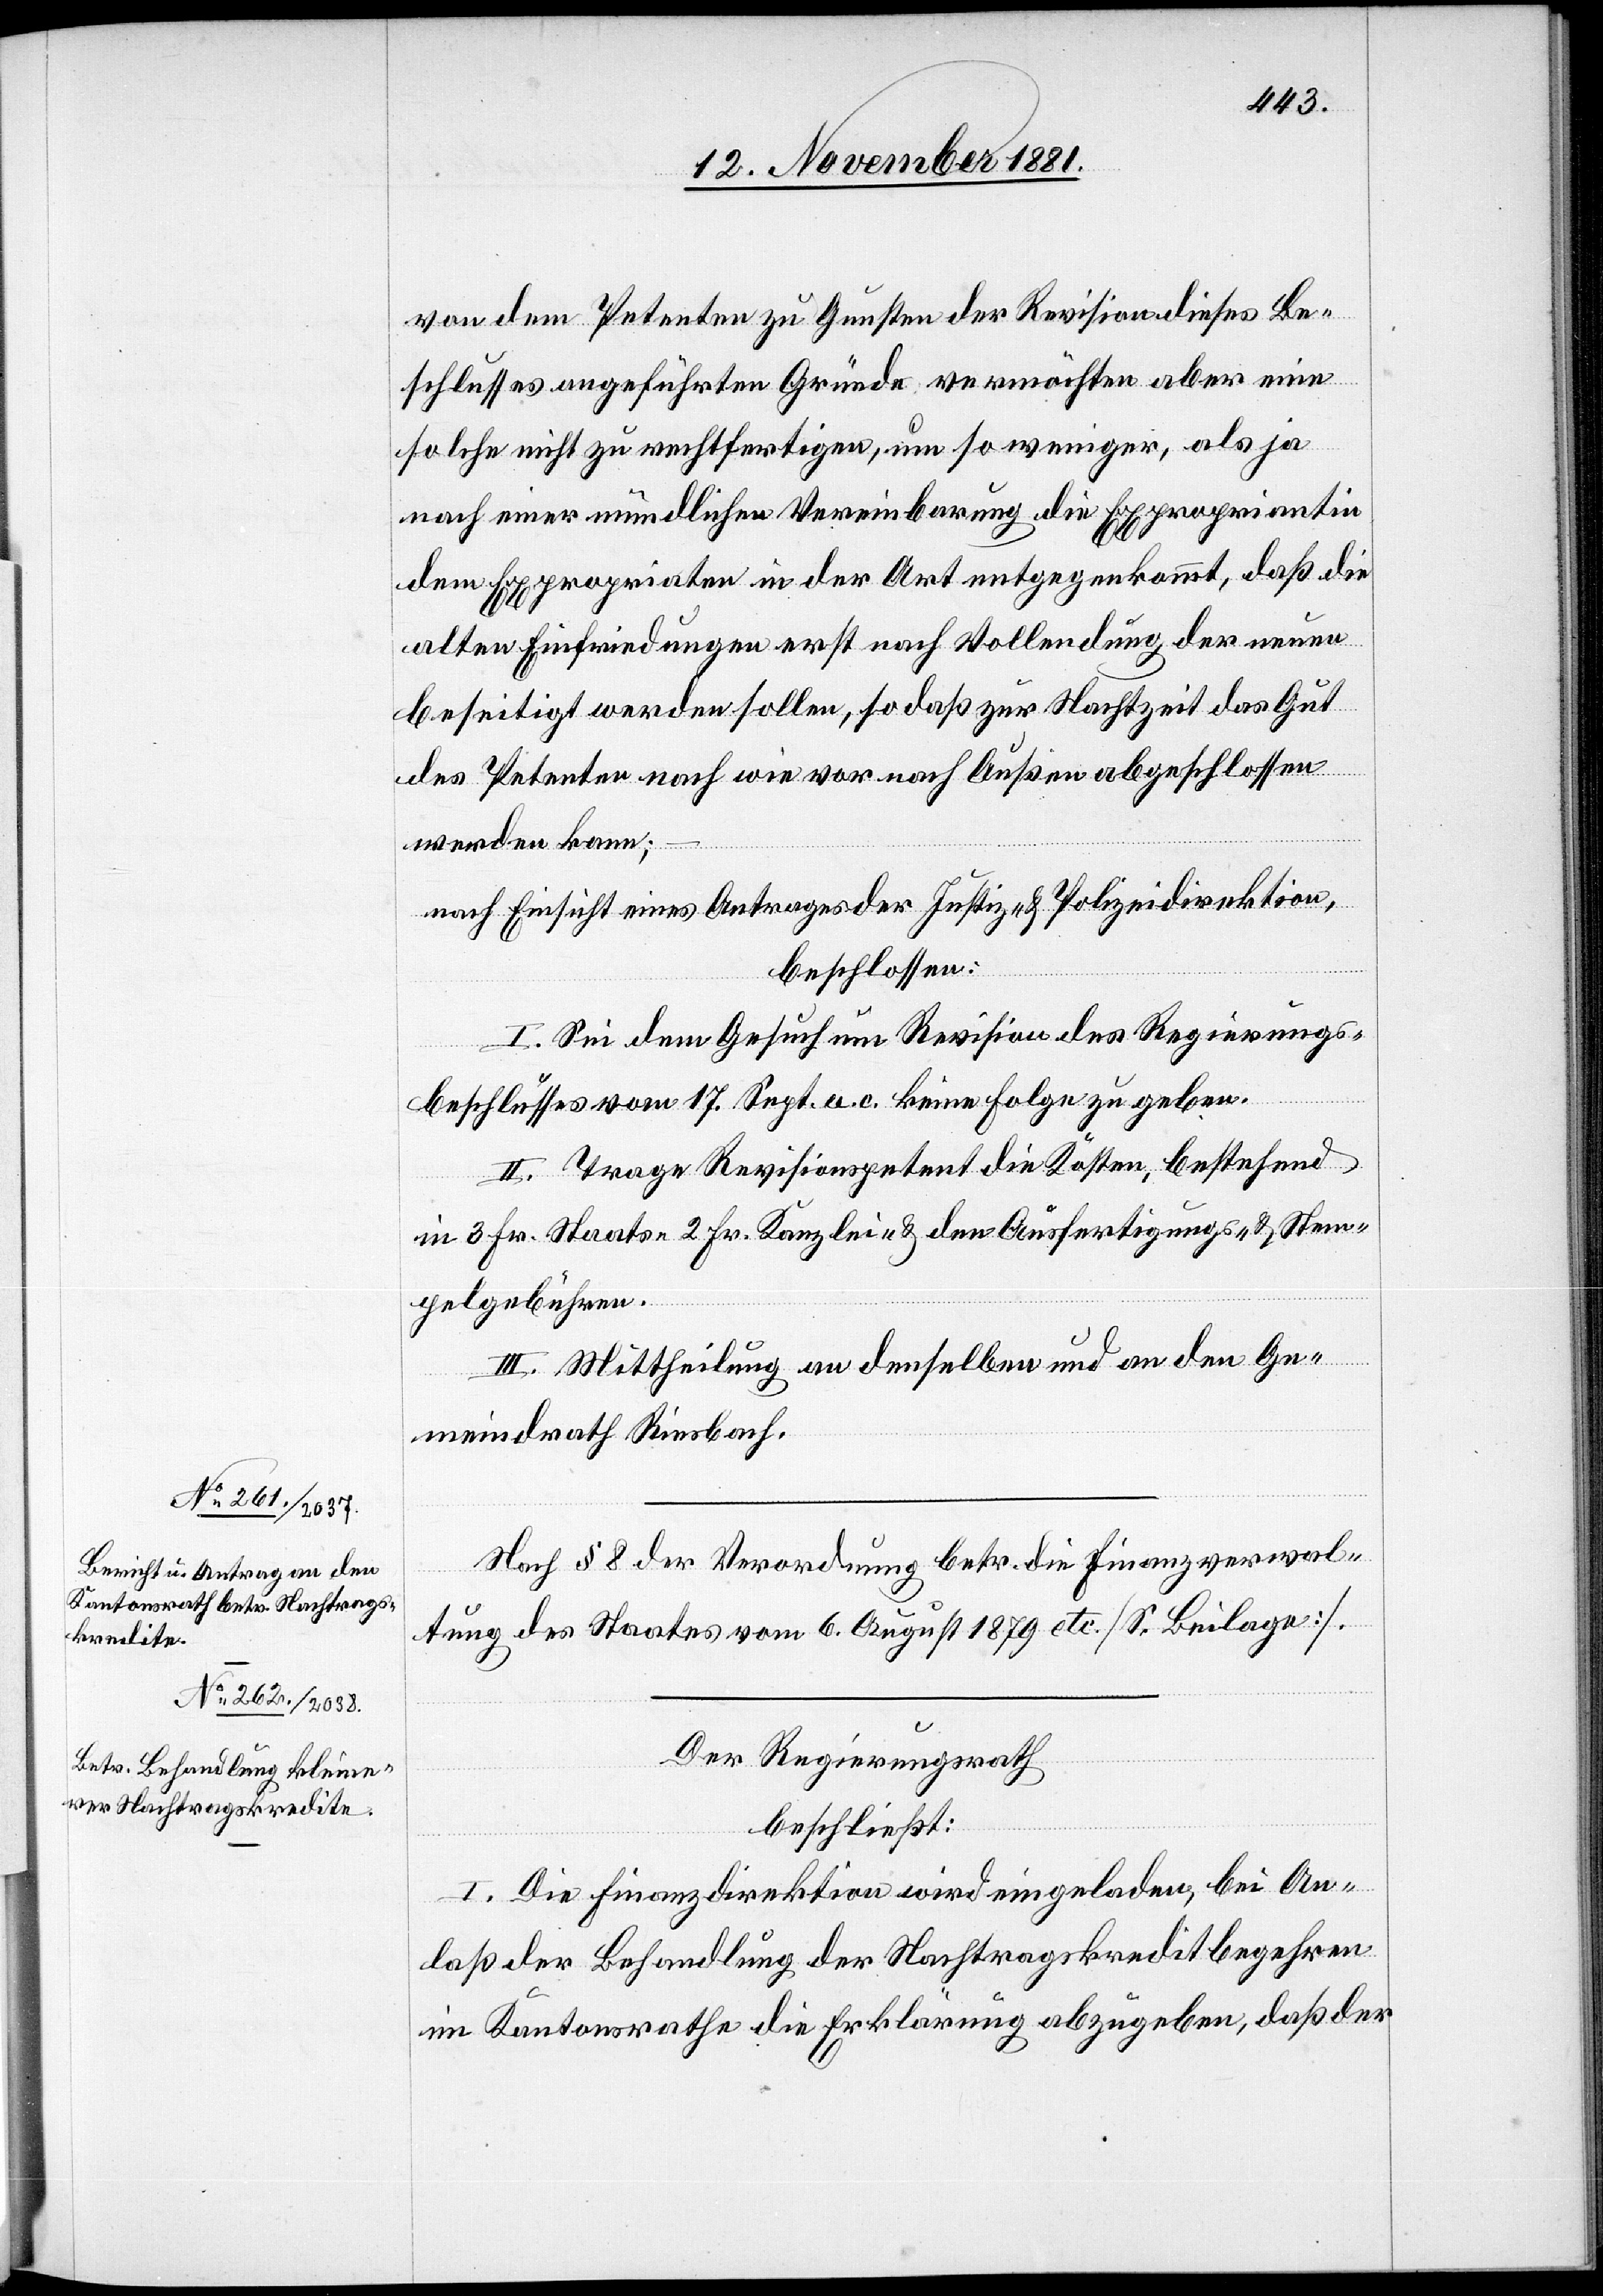
von dem Petenten zu Gunsten der Revision dieses Be¬
schlusses angeführten Gründe vermöchten aber einen
solchen nicht zu rechtfertigen, um so weniger, als ja
nach einer mündlichen Vereinbarung die Expropriantin
dem Expropriaten in der Art entgegenkommt, daß die
alten Einfriedungen erst nach Vollendung der neuen
beseitigt werden sollen, so daß zur Nachtzeit das Gut
des Petenten nach wie vor nach Außen abgeschlossen
werden kann;
nach Einsicht eines Antrages der Justiz- & Polizeidirektion,
beschlossen:
I. Sei dem Gesuch um Revision des Regierungs¬
beschlusses vom 17. Sept. a. c. keine Folge zu geben.
II. Trage Revisionspetent die Kosten, bestehend
in 3 Frk. Staats-[,] 2 Fr. Kanzlei- & den Ausfertigungs- & Stem¬
pelgebühren.
III. Mittheilung an denselben und an den Ge¬
meindrath Riesbach.
Nach § 8 der Verordnung betr. die Finanzverwal¬
tung des Staates vom 6. August 1879 etc. [S. Beilage].
Der Regierungsrath
beschließt:
I. Die Finanzdirektion wird eingeladen, bei An¬
laß der Behandlung der Nachtragskreditbegehren
im Kantonsrathe die Erklärung abzugeben, daß der